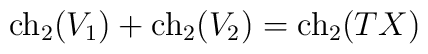
{\rm ch}_2(V_1)+{\rm ch}_2(V_2)={\rm ch}_2(TX)